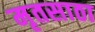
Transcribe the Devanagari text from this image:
मृतसाठा